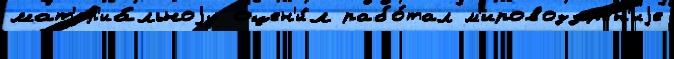
мат'ер'иа́льноjу оцен'и́л рабо́тал м'ировоззр'е́н'иjе